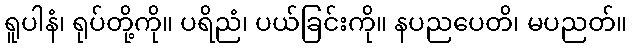
ရူပါနံ၊ ရုပ်တို့ကို။ ပရိညံ၊ ပယ်ခြင်းကို။ နပညပေတိ၊ မပညတ်။